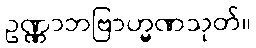
ဥဏ္ဏာဘဗြာဟ္မဏသုတ်။